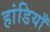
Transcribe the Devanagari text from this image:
हांडियाँ